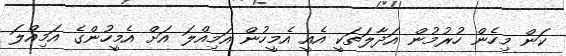
ކަން މިހެން ހުރުމުން އަދާލަތަކީ އެއީ އެމީހުން އަމިއްލަ އަށް އެމީހުންގެ އަމިއްލަ